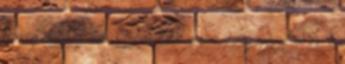
a megváltásnak semmi köze nincs a fogyasztói és a